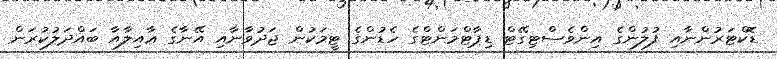
ޑޮކްޓަރުންނާއި ފުލުންގެ އިންވެސްޓިގޭޓް ޑިޕާޓްމަންޓްގެ ހެޑުންގެ ޓީމަކުން ޖަދުވާނާއި އޭނާގެ ޢާއިލާއާ ބައްދަލުކުރަން